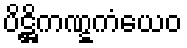
ပိဋ္ဌိကဏ္ဋကံယေဝ